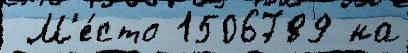
 М'е́сто 1506789 на